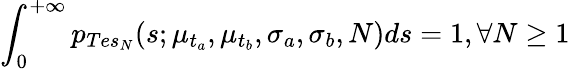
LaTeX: \int_{0}^{+\infty}p_{Tes_{N}}(s;\mu_{t_{a}},\mu_{t_{b}},\sigma_{a},\sigma_{b},N)ds=1,\forall N\ge 1